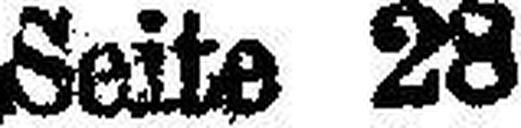
Seite 28